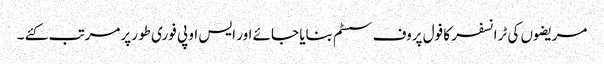
مریضوں کی ٹرانسفر کا فول پروف سسٹم بنایا جائے اور ایس او پی فوری طو رپرمرتب کئے ۔